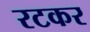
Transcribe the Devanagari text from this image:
रटकर